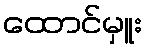
ထောင်မှူး